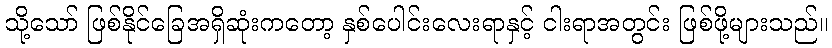
သို့သော် ဖြစ်နိုင်ခြေအရှိဆုံးကတော့ နှစ်ပေါင်းလေးရာနှင့် ငါးရာအတွင်း ဖြစ်ဖို့များသည်။